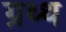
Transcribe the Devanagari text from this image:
ग्रथ्थ